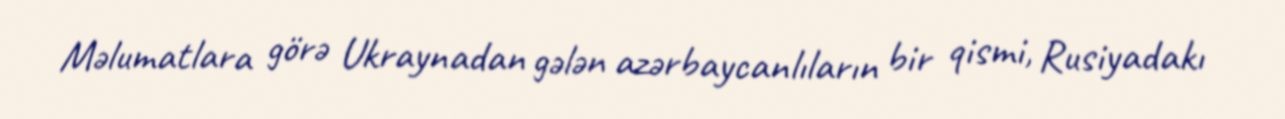
Məlumatlara görə Ukraynadan gələn azərbaycanlıların bir qismi, Rusiyadakı